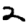
Digit: 2